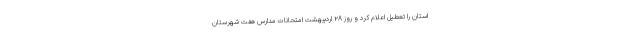
استان را تعطیل اعلام کرد و روز ۲۸ اردیبهشت امتحانات مدارس هفت شهرستان